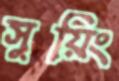
সুয়িং